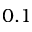
0 . 1